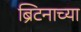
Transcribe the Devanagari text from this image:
ब्रिटनाच्या